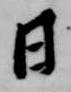
日